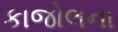
કાજોલના